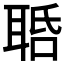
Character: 𦕾